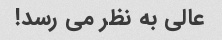
عالی به نظر می رسد!